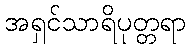
အရှင်သာရိပုတ္တရာ